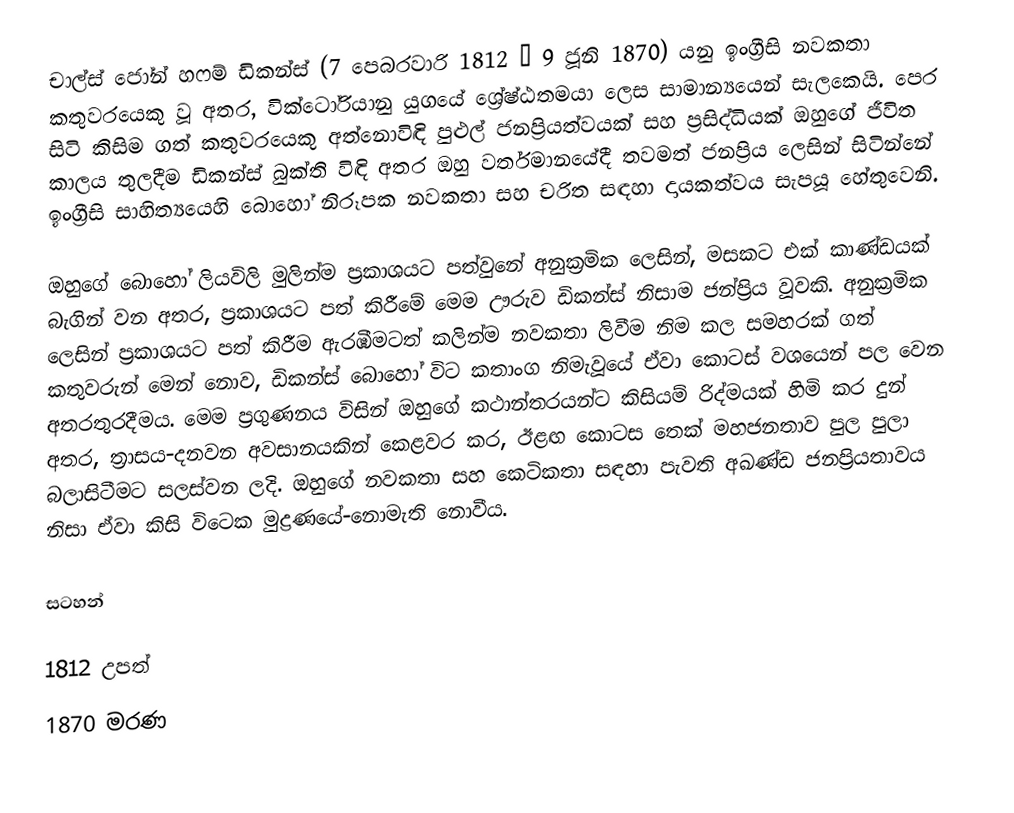
චාල්ස් ජෝන් හෆම් ඩිකන්ස් (7 පෙබරවාරි 1812 – 9 ජූනි 1870) යනු ඉංග්‍රීසි නවකතා කතුවරයෙකු වූ අතර, වික්ටෝරියානු යුගයේ ශ්‍රේෂ්ඨතමයා ලෙස සාමාන්‍යයෙන් සැලකෙයි. පෙර සිටි කිසිම ගත් කතුවරයෙකු අත්නොවිඳි පුළුල් ජනප්‍රියත්වයක් සහ ප්‍රසිද්ධියක් ඔහුගේ ජීවිත කාලය තුලදීම ඩිකන්ස් බුක්ති විඳි අතර ඔහු වර්තමානයේදී තවමත් ජනප්‍රිය ලෙසින් සිටින්නේ ඉංග්‍රීසි සාහිත්‍යයෙහි බොහෝ නිරූපක නවකතා සහ චරිත සඳහා දායකත්වය සැපයූ හේතුවෙනි.

ඔහුගේ බොහෝ  ලියවිලි මුලින්ම ප්‍රකාශයට පත්වුනේ අනුක්‍රමික ලෙසින්, මසකට එක් කාණ්ඩයක් බැගින් වන අතර, ප්‍රකාශයට පත් කිරීමේ මෙම ඌරුව ඩිකන්ස් නිසාම ජන්ප්‍රිය වූවකි. අනුක්‍රමික ලෙසින් ප්‍රකාශයට පත් කිරීම ඇරඹීමටත් කලින්ම නවකතා ලිවීම නිම කල සමහරක් ගත් කතුවරුන් මෙන් නොව, ඩිකන්ස් බොහෝ විට කතාංග නිමැවූයේ ඒවා කොටස් වශයෙන් පල වෙන අතරතුරදීමය. මෙම ප්‍රගුණනය විසින් ඔහුගේ කථාන්තරයන්ට කිසියම් රිද්මයක් හිමි කර දුන් අතර,  ත්‍රාසය-දනවන අවසානයකින් කෙළවර කර, ඊළඟ කොටස තෙක් මහජනතාව පුල පුලා බලාසිටීමට සලස්වන ලදි. ඔහුගේ නවකතා සහ කෙටිකතා සඳහා පැවති  අඛණ්ඩ ජනප්‍රියතාවය නිසා ඒවා කිසි විටෙක  මුද්‍රණයේ-නොමැති නොවීය.

සටහන්

1812 උපත්
1870 මරණ